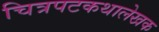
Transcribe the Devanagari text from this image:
चित्रपटकथालेखक